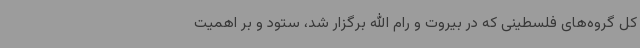
کل گروه‌های فلسطینی که در بیروت و رام الله برگزار شد، ستود و بر اهمیت